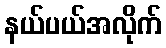
နယ်ပယ်အလိုက်